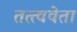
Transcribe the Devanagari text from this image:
तत्त्ववेता